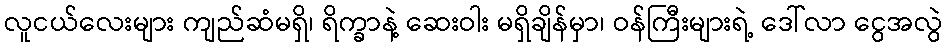
လူငယ်လေးများ ကျည်ဆံမရှိ၊ ရိက္ခာနဲ့ ဆေးဝါး မရှိချိန်မှာ၊ ဝန်ကြီးများရဲ့ ဒေါ်လာ ငွေအလွဲ